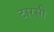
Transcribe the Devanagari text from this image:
टारसी